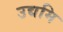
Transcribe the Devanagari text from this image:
उद्यमि